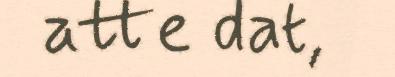
atte dat,